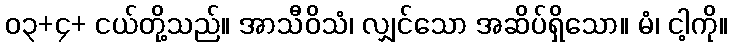
၀၃+၄+ ငယ်တို့သည်။ အာသီဝိသံ၊ လျှင်သော အဆိပ်ရှိသော။ မံ၊ ငါ့ကို။